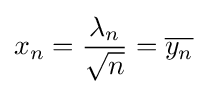
x_{n}={\frac {\lambda _{n}}{\sqrt {n}}}={\overline {y_{n}}}